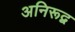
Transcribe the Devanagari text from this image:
अनिरूद्व